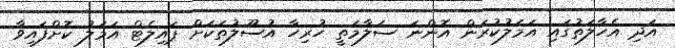
އަދި އެހާލަތުގައި އަމަލުކުރަން އޮންނަ ސަލާމަތީ ހުރިހާ އުސޫލުތަކަށް ޕައިލެޓް އަމަލު ކޮށްފައިވާ